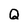
Character: Q